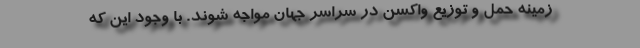
زمینه حمل و توزیع واکسن در سراسر جهان مواجه شوند. با وجود این که